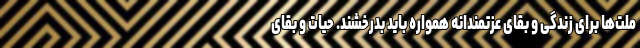
ملت‌ها برای زندگی و بقای عزتمندانه همواره باید بدرخشند. حیات و بقای